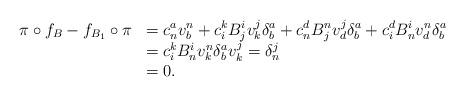
LaTeX: \begin{align*}\begin{array}{ll}\pi \circ f_B - f_{B_1}\circ\pi&=c^a_n v^n_b + c^k_i B^i_j v^j_k \delta^a_b + c^d_n B^n_j v^j_d \delta^a_b + c^d_i B^i_n v^n_d \delta^a_b\\&= c^k_i B^i_n v^n_k \delta^a_b v^j_k = \delta^j_n \\&=0.\end{array}\end{align*}